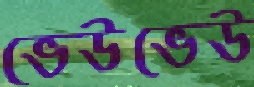
ভেউভেউ